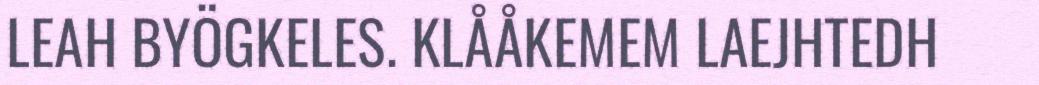
LEAH BYÖGKELES. KLÅÅKEMEM LAEJHTEDH